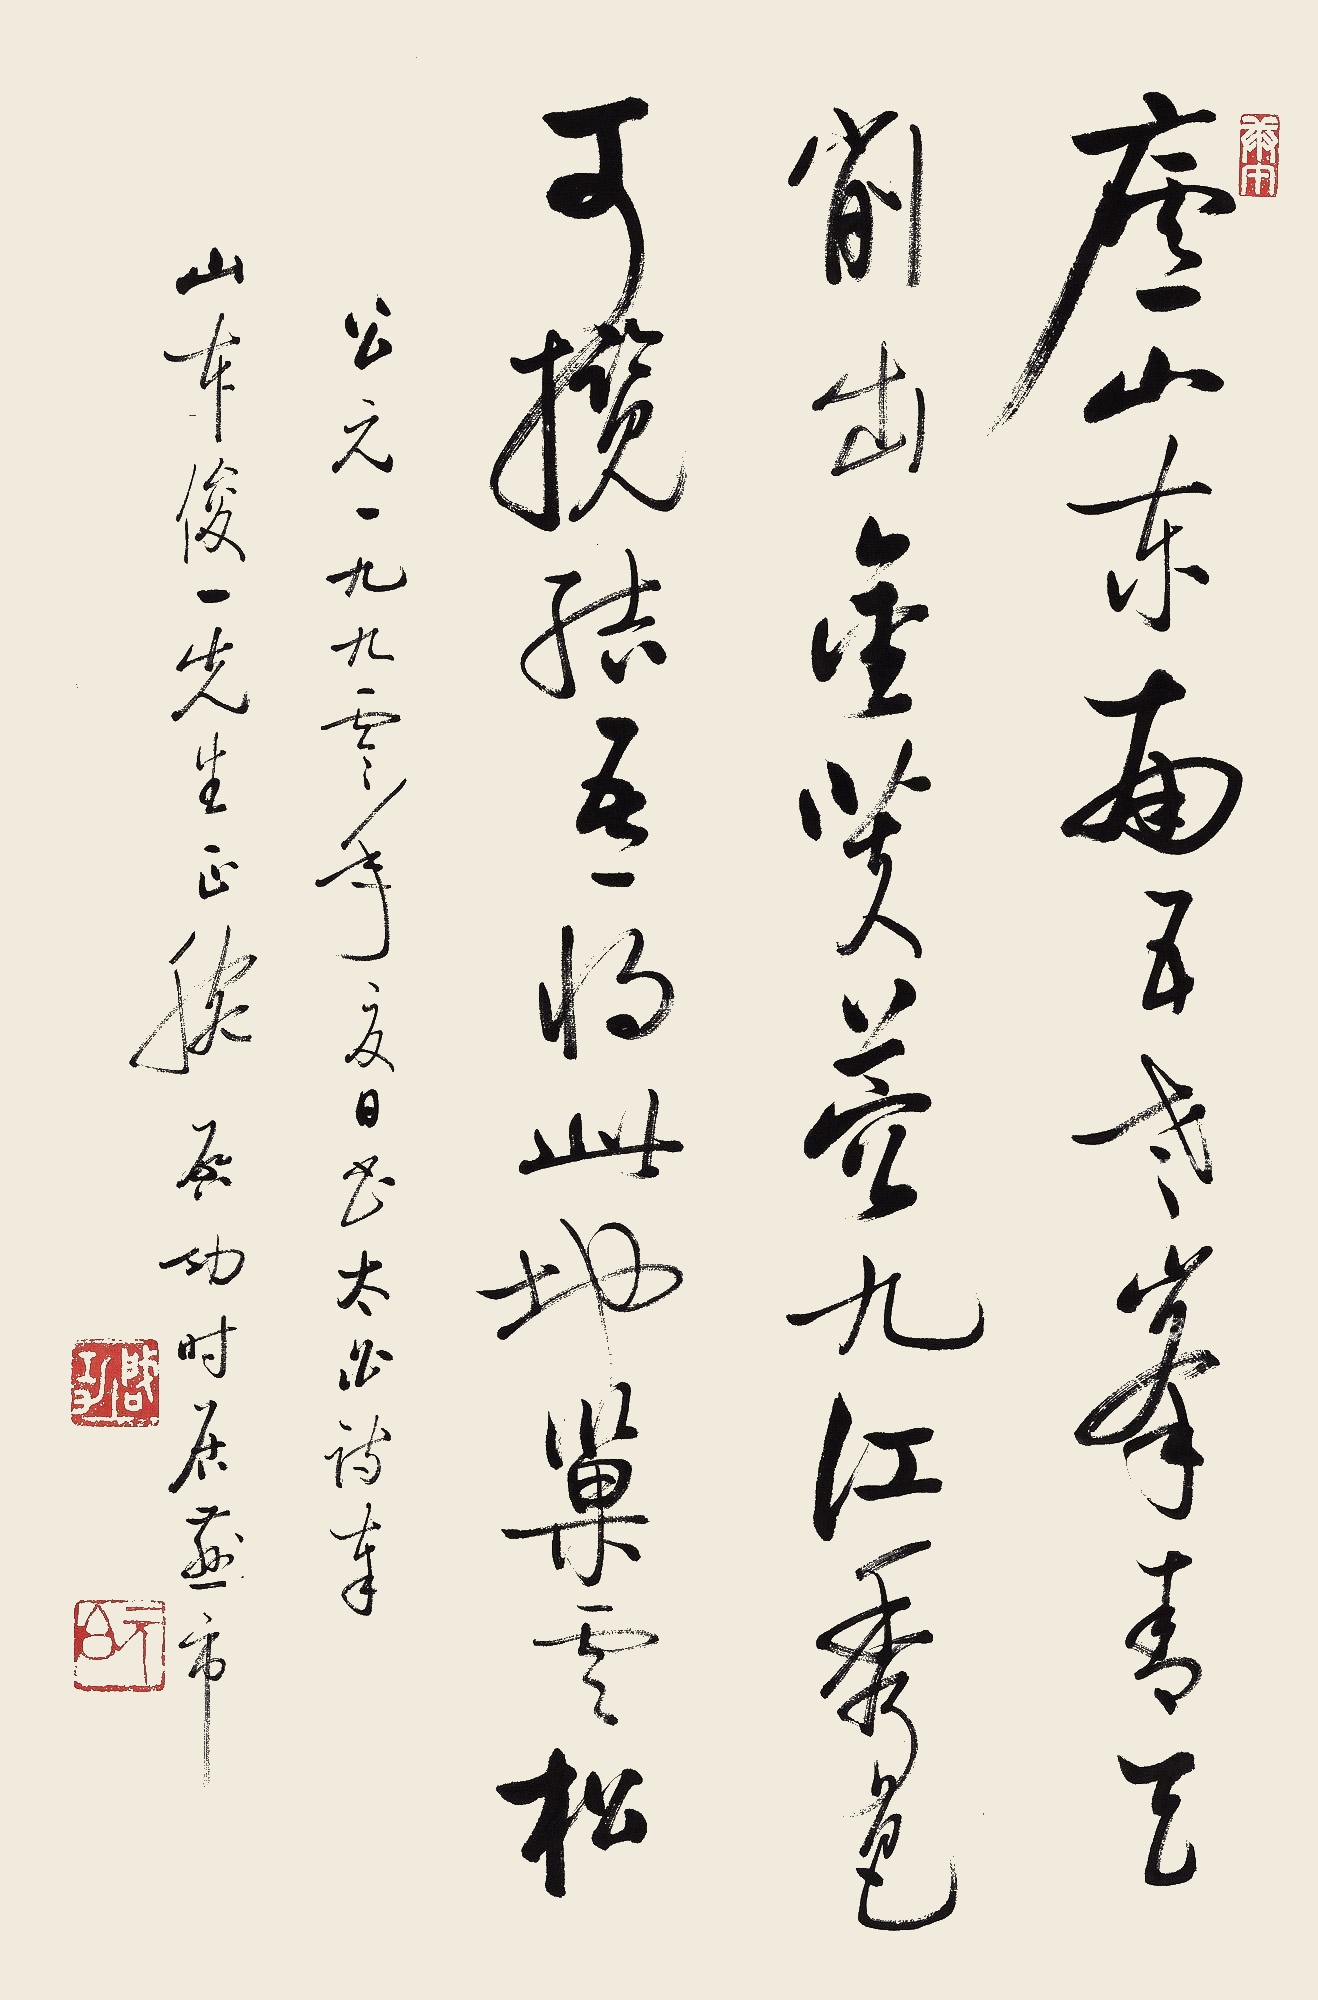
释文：庐山东南五老峰，青天削出金芙蓉。九江秀色可揽结，吾将此地巢云松。公元一九九零年夏日，书太白诗奉山本俊一先生正腕。启功时居燕市。